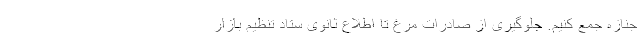
جنازه جمع کنیم. جلوگیری از صادرات مرغ تا اطلاع ثانوی ستاد تنظیم بازار